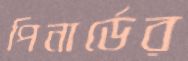
পিনার্ডের